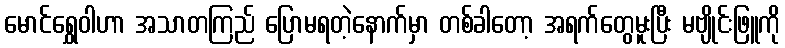
မောင်ရွှေဝါဟာ အသာတကြည် ပြောမရတဲ့နောက်မှာ တစ်ခါတော့ အရက်တွေမူးပြီး မဗျိုင်းဖြူကို